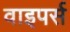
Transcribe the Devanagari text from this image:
वाइपर्स